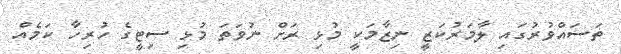
ތަސައްވުރުގައި ލާމަރުކަޒީ ނިޒާމަކީ މުޅި ރަށް ނުވަތަ މުޅި ސިޓީގެ ހުރިހާ ކަމެއް